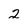
Character: 2